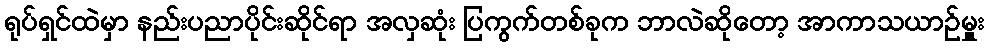
ရုပ်ရှင်ထဲမှာ နည်းပညာပိုင်းဆိုင်ရာ အလှဆုံး ပြကွက်တစ်ခုက ဘာလဲဆိုတော့ အာကာသယာဉ်မှူး